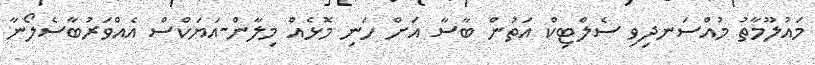
މައުލޫމާތު މުއްސަނދިވި ސެލްޓިކް އަތުން ބާސާ އަށް ހަނި މޮޅެއް މިލާން-އަޔަކްސް އެއްވަރުބާސެލޯނާ